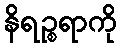
နိရဉ္စရာကို